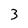
Character: 3